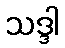
သဒ္ဒါ